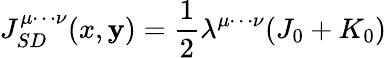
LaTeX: J_{SD}^{\mu\cdots\nu}(x,\mathbf{y})=\frac{{1}}{{2}}\lambda^{\mu\cdots\nu}(J_{0}+K_{0})